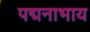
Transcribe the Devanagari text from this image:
पद्मनाभाय